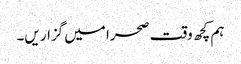
ہم کچھ وقت صحرا میں گزار یں۔